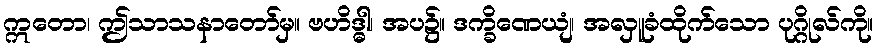
ဣတော၊ ဤသာသနာတော်မှ။ ဗဟိဒ္ဓါ၊ အပ၌။ ဒက္ခိဏေယျံ၊ အလှူခံထိုက်သော ပုဂ္ဂိုလ်ကို။